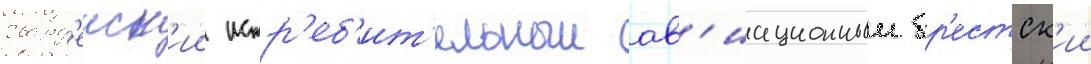
гвард'еиск'ии истр'еб'ит'ельныи ав'иационныи бр'естск'ии